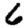
Digit: 6